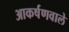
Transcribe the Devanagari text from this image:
आकर्षणवाले